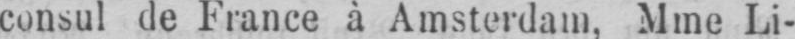
consul de France à Amsterdam, Mme Li-